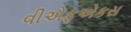
વીએફએકસ